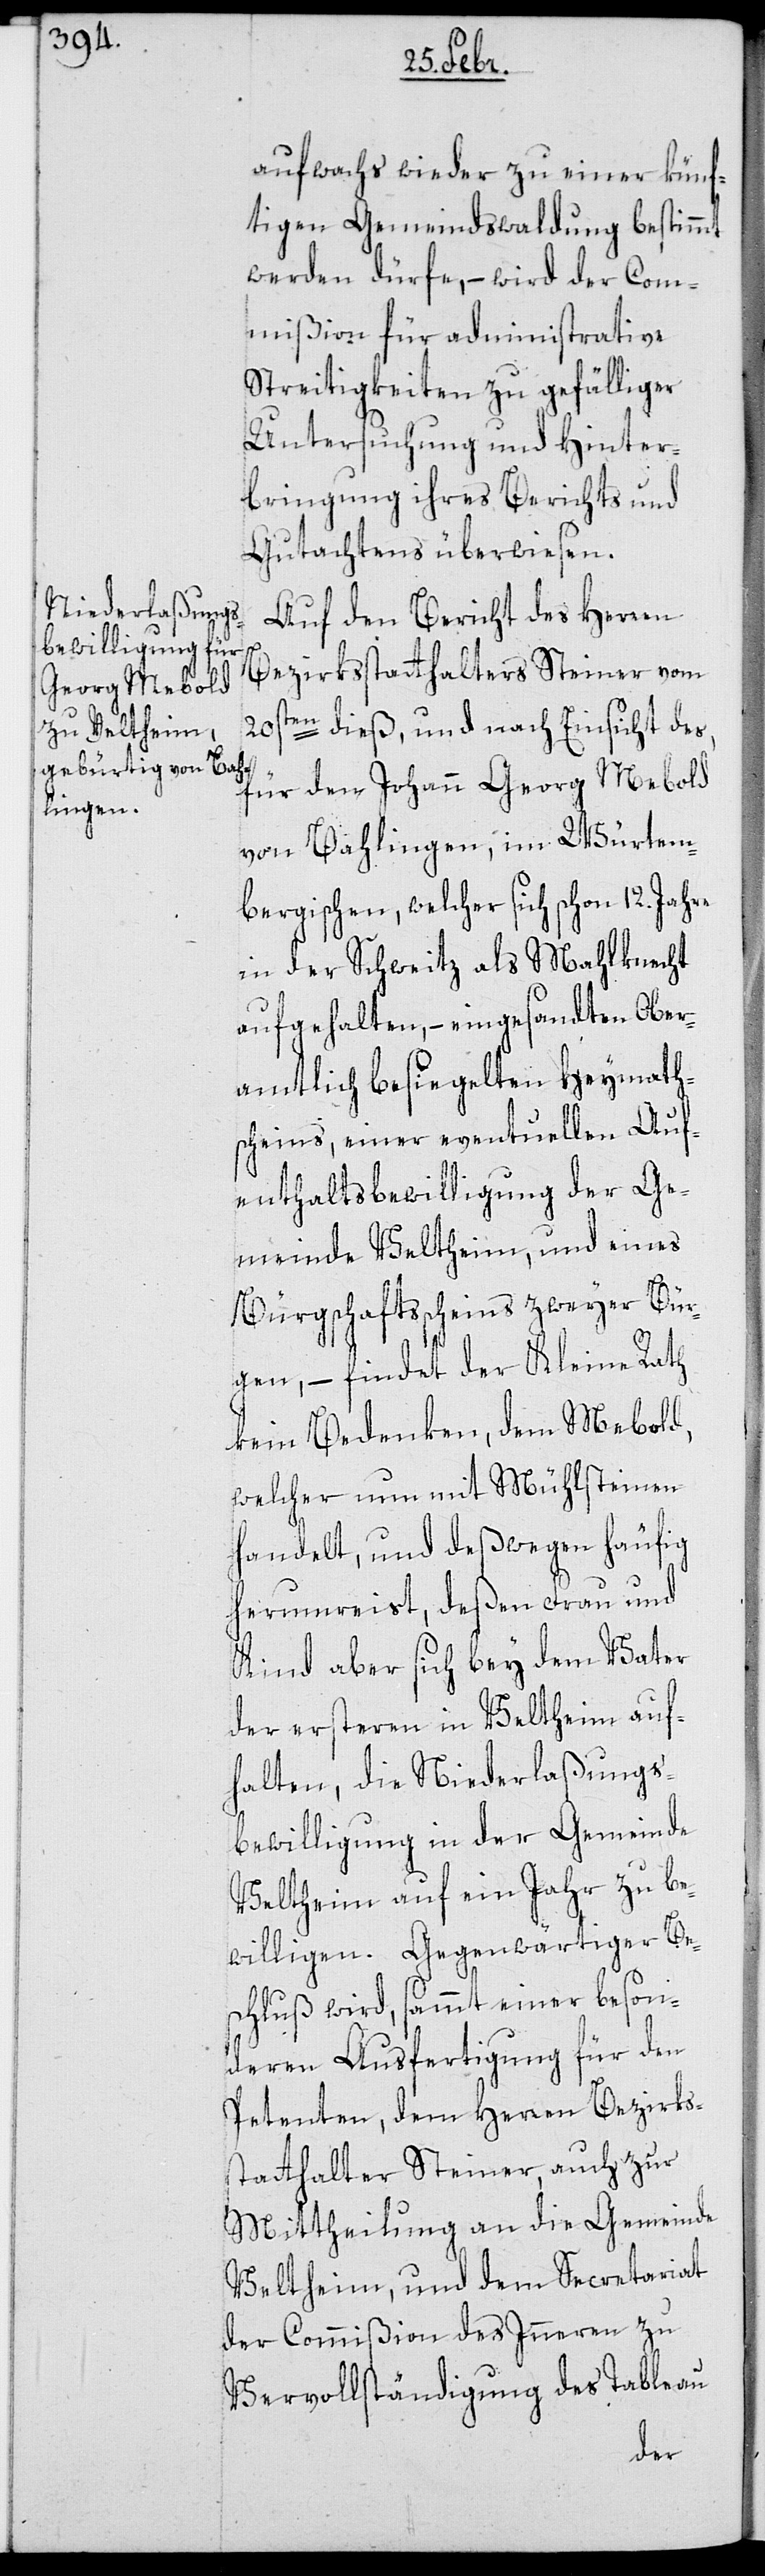
12. Jahre
aufwachs wieder zu einer künf¬
tigen Gemeindswaldung bestimmt
werden dürfe, – wird der Com¬
mißion für administrative
Streitigkeiten zu gefälliger
Untersuchung und Hinter¬
bringung ihres Berichts und
Gutachtens überwiesen.
Auf den Bericht des Herren
Bezirksstatthalters Steiner vom
20sten dieß, und nach Einsicht des,
für den Johann Georg Mebold
von Bahlingen im Würtem¬
bergischen, welcher sich schon
in der Schweitz als Mahlknecht
aufgehalten, – eingesandten Ober¬
amtlich besiegelten Heymtath¬
scheins, einer eventuellen Auf¬
entahltsbewilligung der Ge¬
meinde Veltheim, und eines
Bürgschaftsscheins zweyer Bür¬
gen, – findet der Kleine Rath
kein Bedenken, dem Mebold,
welcher nun mit Mühlsteinen
handelt, und deßwegen häufig
herumreist, deßen Frau und
Kind aber sich bey dem Vater
der ersteren in Veltheim auf¬
halten, die Niederlaßungs¬
bewilligung in der Gemeinde
Veltheim auf ein Jahr zu be¬
willigen. Gegenwärtiger Be¬
schluß wird, sammt einer beson¬
deren Ausfertigung für den
Petenten, dem Herren Bezirks¬
statthalter Steiner, auch zur
Mittheilung an die Gemeinde
Veltheim, und dem Secretariat
der Commißion des Inneren zu
Vervollständigung des Tableau